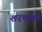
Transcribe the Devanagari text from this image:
शरणगत